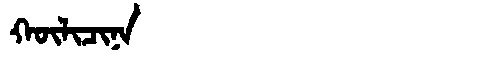
Manchu: ᡴᡡᠯᡳᠴᡳᠨᠠ
Romanization: KŪLICINA